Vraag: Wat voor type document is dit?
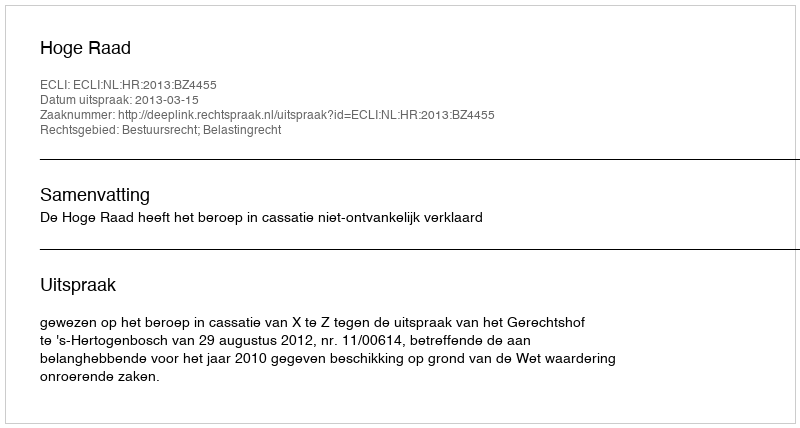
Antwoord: Uitspraak